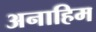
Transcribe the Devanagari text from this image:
अनाहिम